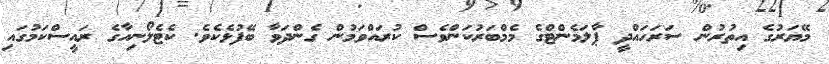
މޭޔަރުގެ އިތުރުން ސަރަހައްދީ ޕާލަމެންޓްގެ މެމްބަރުކަންވެސް ކުރައްވަމުން ގެންދަވާ ބޭފުޅެކެވެ. ކެޓެލޯނިއާގެ ރައީސްކަމުގައި